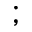
;